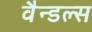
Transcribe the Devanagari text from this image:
वैन्डल्स